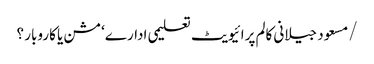
/مسعود جیلانی	کالم	پرائیویٹ تعلیمی ادارے‘مشن یا کاروبار ؟